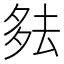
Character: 𪠞